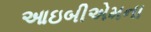
આઇબીએમના